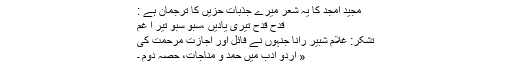
مجید امجد کا یہ شعر میرے جذبات حزیں کا ترجمان ہے :
قدح قدح تیری یادیں ،سبو سبو تیر ا غم
تشکر: غلام شبیر رانا جنہوں نے فائل اور اجازت مرحمت کی
« اردو ادب میں حمد و مناجات، حصہ دوم ۔